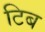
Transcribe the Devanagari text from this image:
टिब